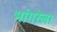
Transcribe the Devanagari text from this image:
भांगरेला